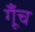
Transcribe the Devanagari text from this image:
गूँच